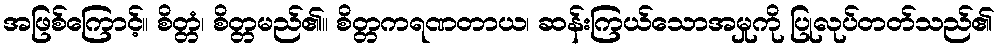
အဖြစ်ကြောင့်။ စိတ္တံ၊ စိတ္တမည်၏။ စိတ္တကရဏတာယ၊ ဆန်းကြယ်သောအမှုကို ပြုလုပ်တတ်သည်၏